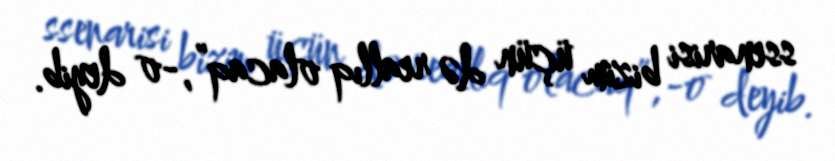
ssenarisi bizim üçün də reallıq olacaq”,-o deyib.